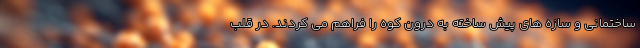
ساختمانی و سازه های پیش ساخته به درون کوه را فراهم می کردند. در قلب